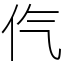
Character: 㐹